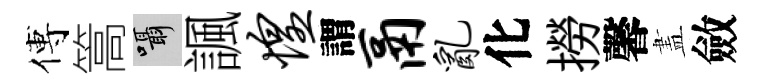
傅篙囁諷惶謂鬲乱化撈馨𥁞斂